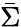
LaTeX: \bar{\Sigma}